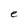
Character: e